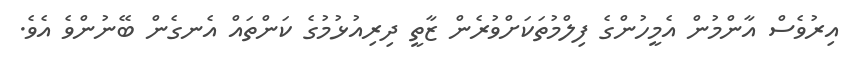
އިރުވެސް އާންމުން އެމީހުންގެ ފިލްމުތަކަށްވުރެން ޒާތީ ދިރިއުޅުމުގެ ކަންތައް އެނގެން ބޭނުންވެ އެވެ.